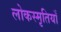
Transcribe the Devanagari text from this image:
लोकस्मृतियाँ